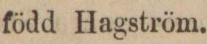
född Hagström.